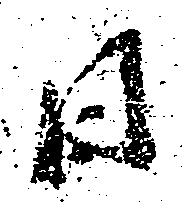
日